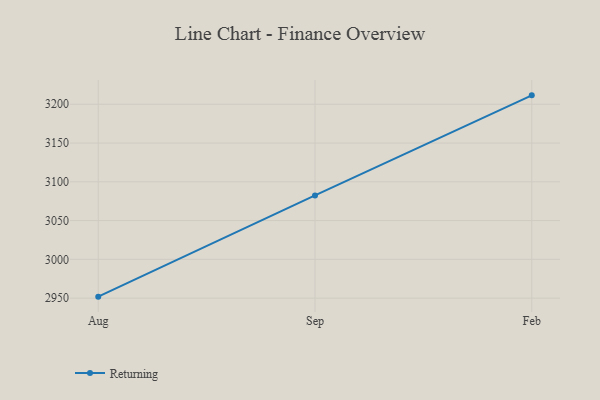
{"axis": {"x": "Month", "y": "Humidity (%)"}, "legend": ["Returning"], "data": [{"x": "Aug", "y": 2951.9, "type": "Returning"}, {"x": "Sep", "y": 3082.4, "type": "Returning"}, {"x": "Feb", "y": 3211.5, "type": "Returning"}]}